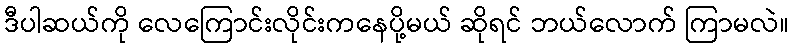
ဒီပါဆယ်ကို လေကြောင်းလိုင်းကနေပို့မယ် ဆိုရင် ဘယ်လောက် ကြာမလဲ။